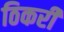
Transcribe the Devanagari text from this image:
ठिकरी